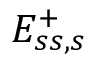
E _ { s s , s } ^ { + }